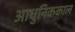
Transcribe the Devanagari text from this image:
आधुनिककाल